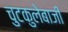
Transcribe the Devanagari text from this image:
चुटकुलेबाजी